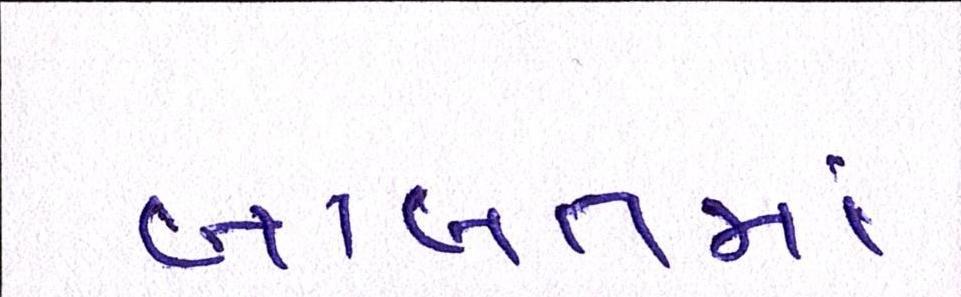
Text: બાબતમાં